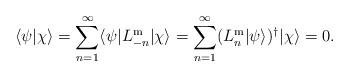
LaTeX: \begin{align*}\langle\psi |\chi\rangle=\sum_{n=1}^{\infty}\langle\psi |L_{-n}^{\mathrm{m}}|\chi\rangle=\sum_{n=1}^{\infty}(L_n^{\mathrm{m}}|\psi\rangle)^{\dagger}|\chi\rangle=0.\end{align*}